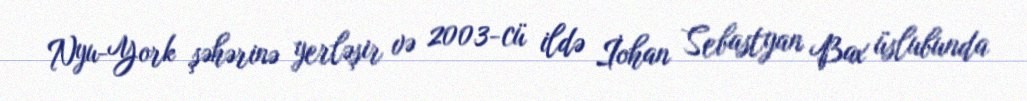
Nyu-York şəhərinə yerləşir və 2003-cü ildə İohan Sebastyan Bax üslubunda